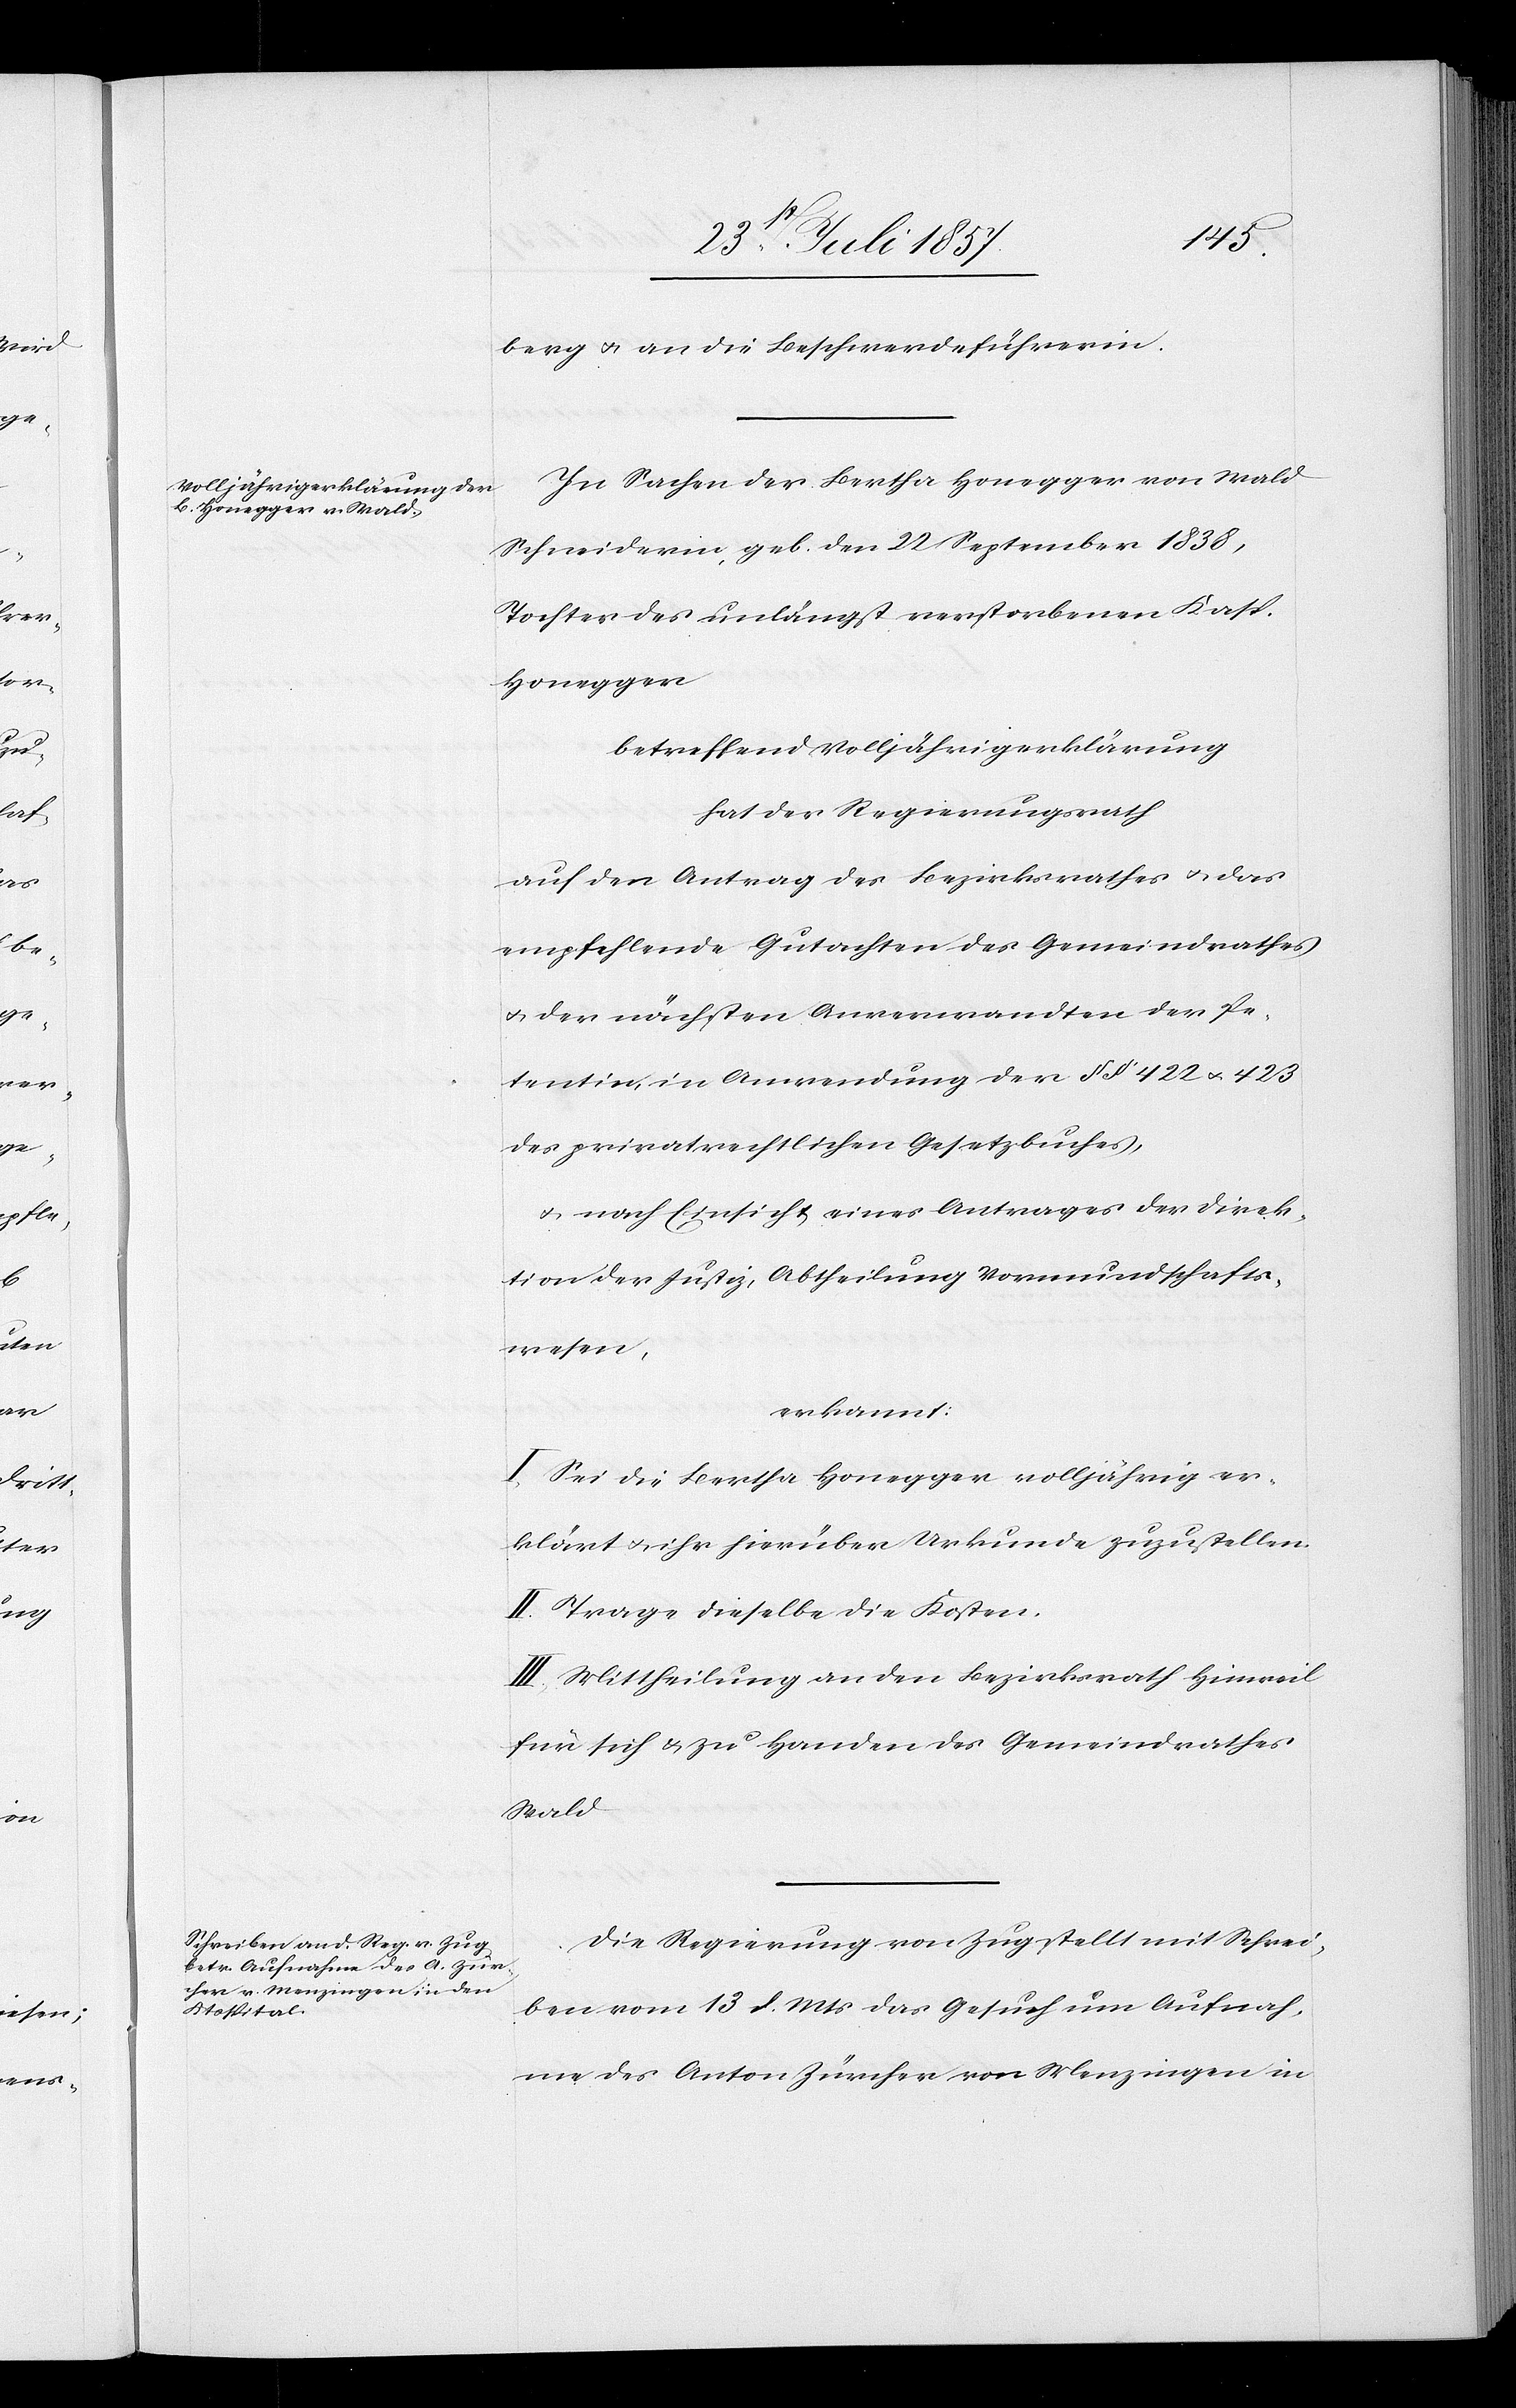
berg & an die Beschwerdeführerin.
In Sachen der Bertha Honegger von Wald
Schneiderin, geb. den 22 September 1838,
Tochter des unlängst verstorbenen Kasp.
Honegger
betreffend Volljährigkeitserklärung
hat der Regierungsrath,
auf den Antrag des Bezirksrathes & das
empfehlende Gutachten des Gemeindrathes
& der nächsten Anverwandten der Pe¬
tentin in Anwendung der §§ 422 & 423
des privatrechtlichen Gesetzbuches,
& nach Einsicht eines Antrages der Direk¬
tion der Justiz, Abtheilung Vormundschafts¬
wesen,
erkannt:
I. Sei die Bertha Honegger volljährig er¬
klärt & ihr hierüber Urkunde zuzustellen.
II. Trage dieselbe die Kosten.
III. Mittheilung an den Bezirksrath Hinweil
für sich & zu Handen des Gemeindrathes
Wald.
Die Regierung von Zug stellt mit Schrei¬
ben vom 13 d. Mts. das Gesuch um Aufnah¬
me des Anton Zürcher von Menzingen in